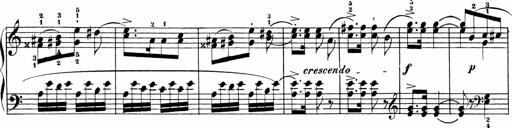
Title: Sonatinas
Composer: Andrew Violette